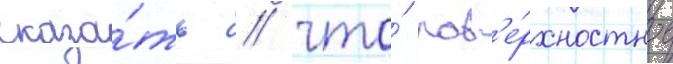
сказа́ть / что́ пов'е́рхностное